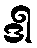
ဒါ